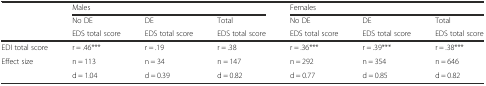
|  | Males |  |  | Females |  |  |
 |  | No DE | DE | Total | No DE | DE | Total |
 |  | EDS total score | EDS total score | EDS total score | EDS total score | EDS total score | EDS total score |
 | --- | --- | --- | --- | --- | --- | --- |
 | EDI total score | r = .46*** | r = .19 | r = .38 | r = .36*** | r = .39*** | r = .38*** |
 | Effect size | n = 113 | n = 34 | n = 147 | n = 292 | n = 354 | n = 646 |
 |  | d = 1.04 | d = 0.39 | d = 0.82 | d = 0.77 | d = 0.85 | d = 0.82 |